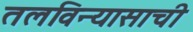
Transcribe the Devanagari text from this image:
तलविन्यासाची